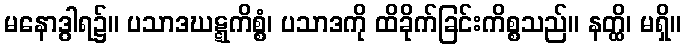
မနောဒွါရ၌။ ပသာဒဃဋ္ဋကိစ္စံ၊ ပသာဒကို ထိခိုက်ခြင်းကိစ္စသည်။ နတ္ထိ၊ မရှိ။